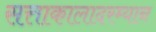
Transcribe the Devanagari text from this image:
सत्ताकालादरम्यान